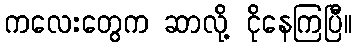
ကလေးတွေက ဆာလို့ ငိုနေကြပြီ။